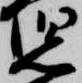
児